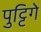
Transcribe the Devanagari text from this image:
पुट्टिगे